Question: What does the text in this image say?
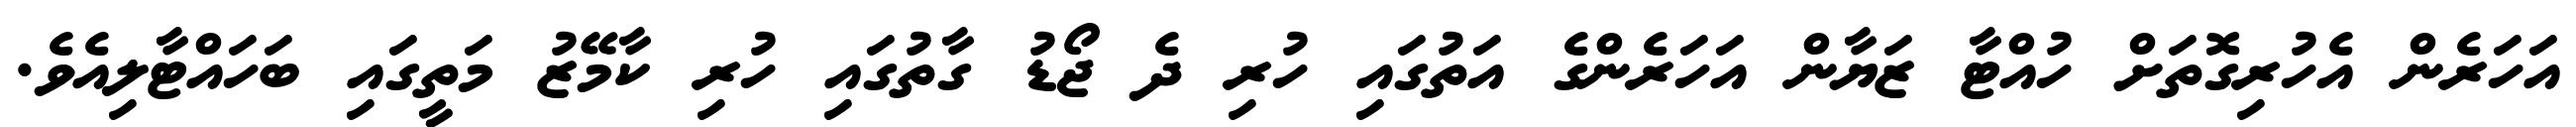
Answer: އަހަރެން އެހުރިގޮތަށް ހުއްޓާ ޒަޔާން އަހަރެންގެ އަތުގައި ހުރި ދެ ޖޯޑު ގާތުގައި ހުރި ކާމޭޒު މަތީގައި ބަހައްޓާލިއެވެ.